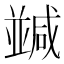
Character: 𠁝